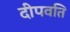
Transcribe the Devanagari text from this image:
दीपवति